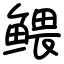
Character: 鳂